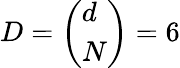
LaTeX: D=\left(\begin{array}{l}{d}\\ {N}\end{array}\right)=6